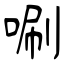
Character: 唰